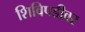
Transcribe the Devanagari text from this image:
शिविपडीवर